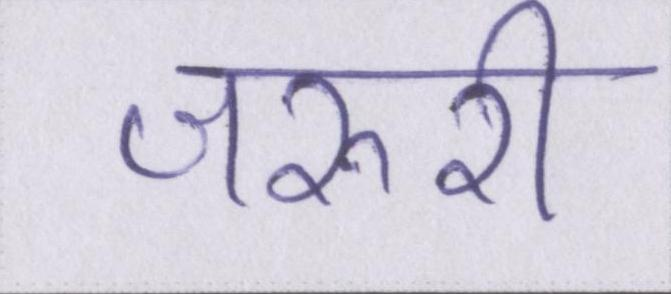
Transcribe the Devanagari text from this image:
जरुरी